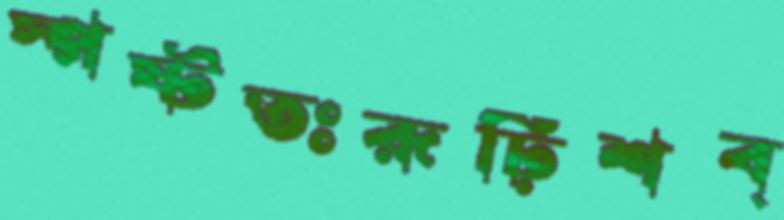
স্পষ্টতঃরূঢ়িশব্